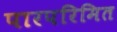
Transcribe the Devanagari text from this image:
पारपरिमित